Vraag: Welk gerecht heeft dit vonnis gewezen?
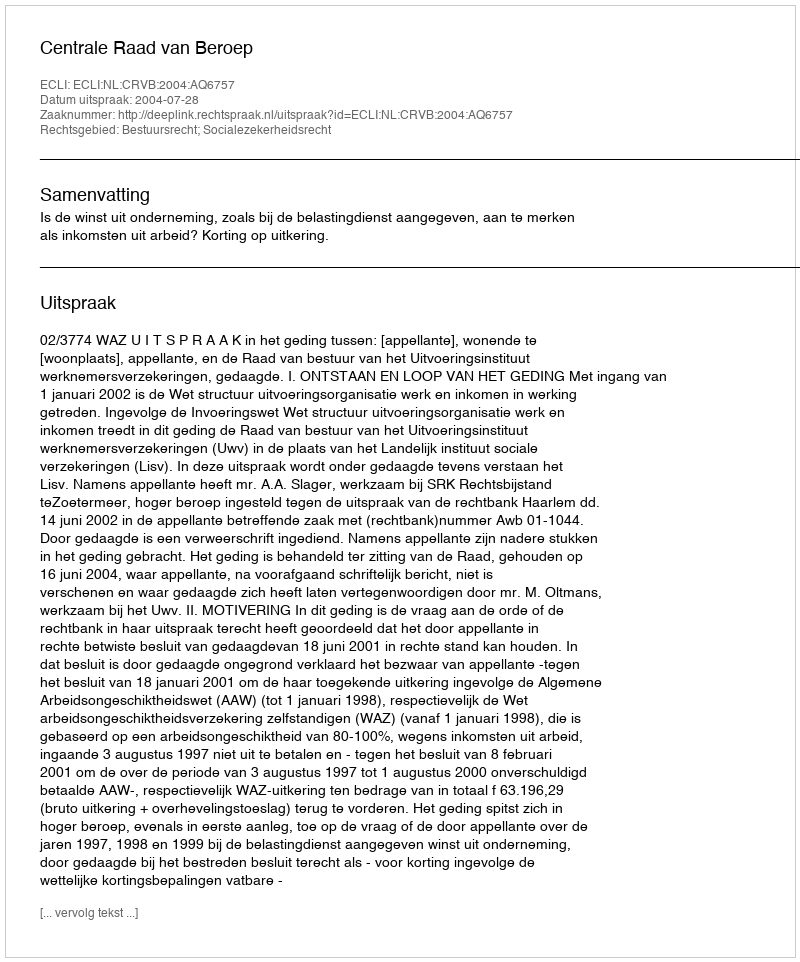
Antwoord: Centrale Raad van Beroep